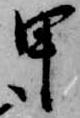
甲